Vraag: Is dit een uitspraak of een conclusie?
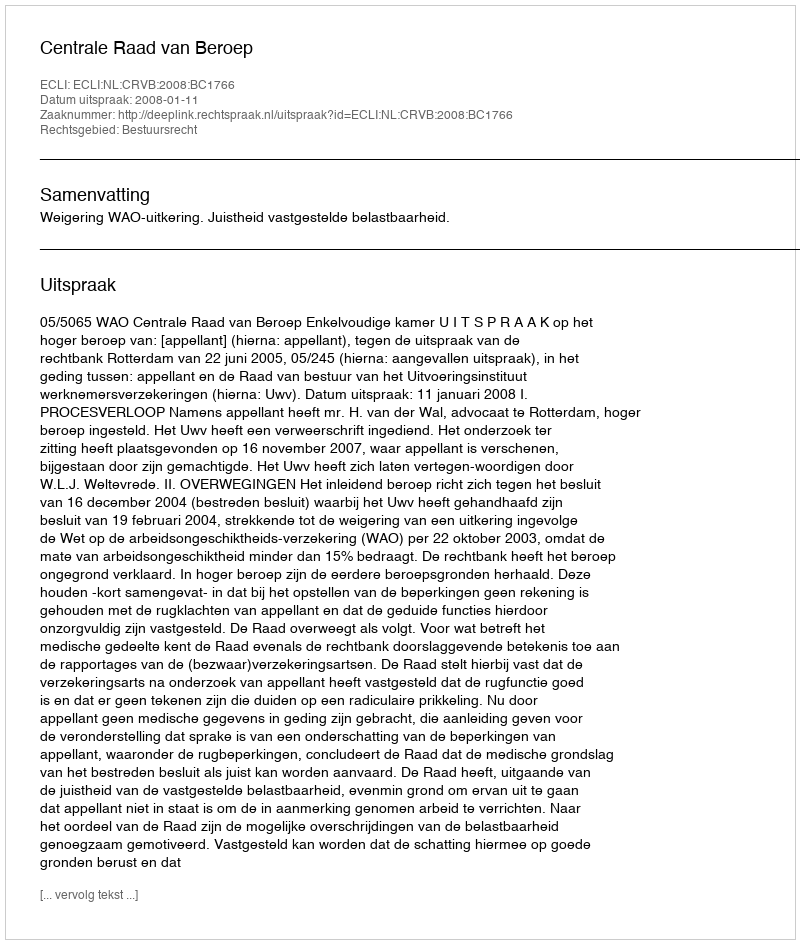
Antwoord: Uitspraak